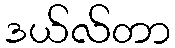
ဒယ်လ်တာ